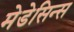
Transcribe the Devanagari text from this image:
मेडेसिन्स